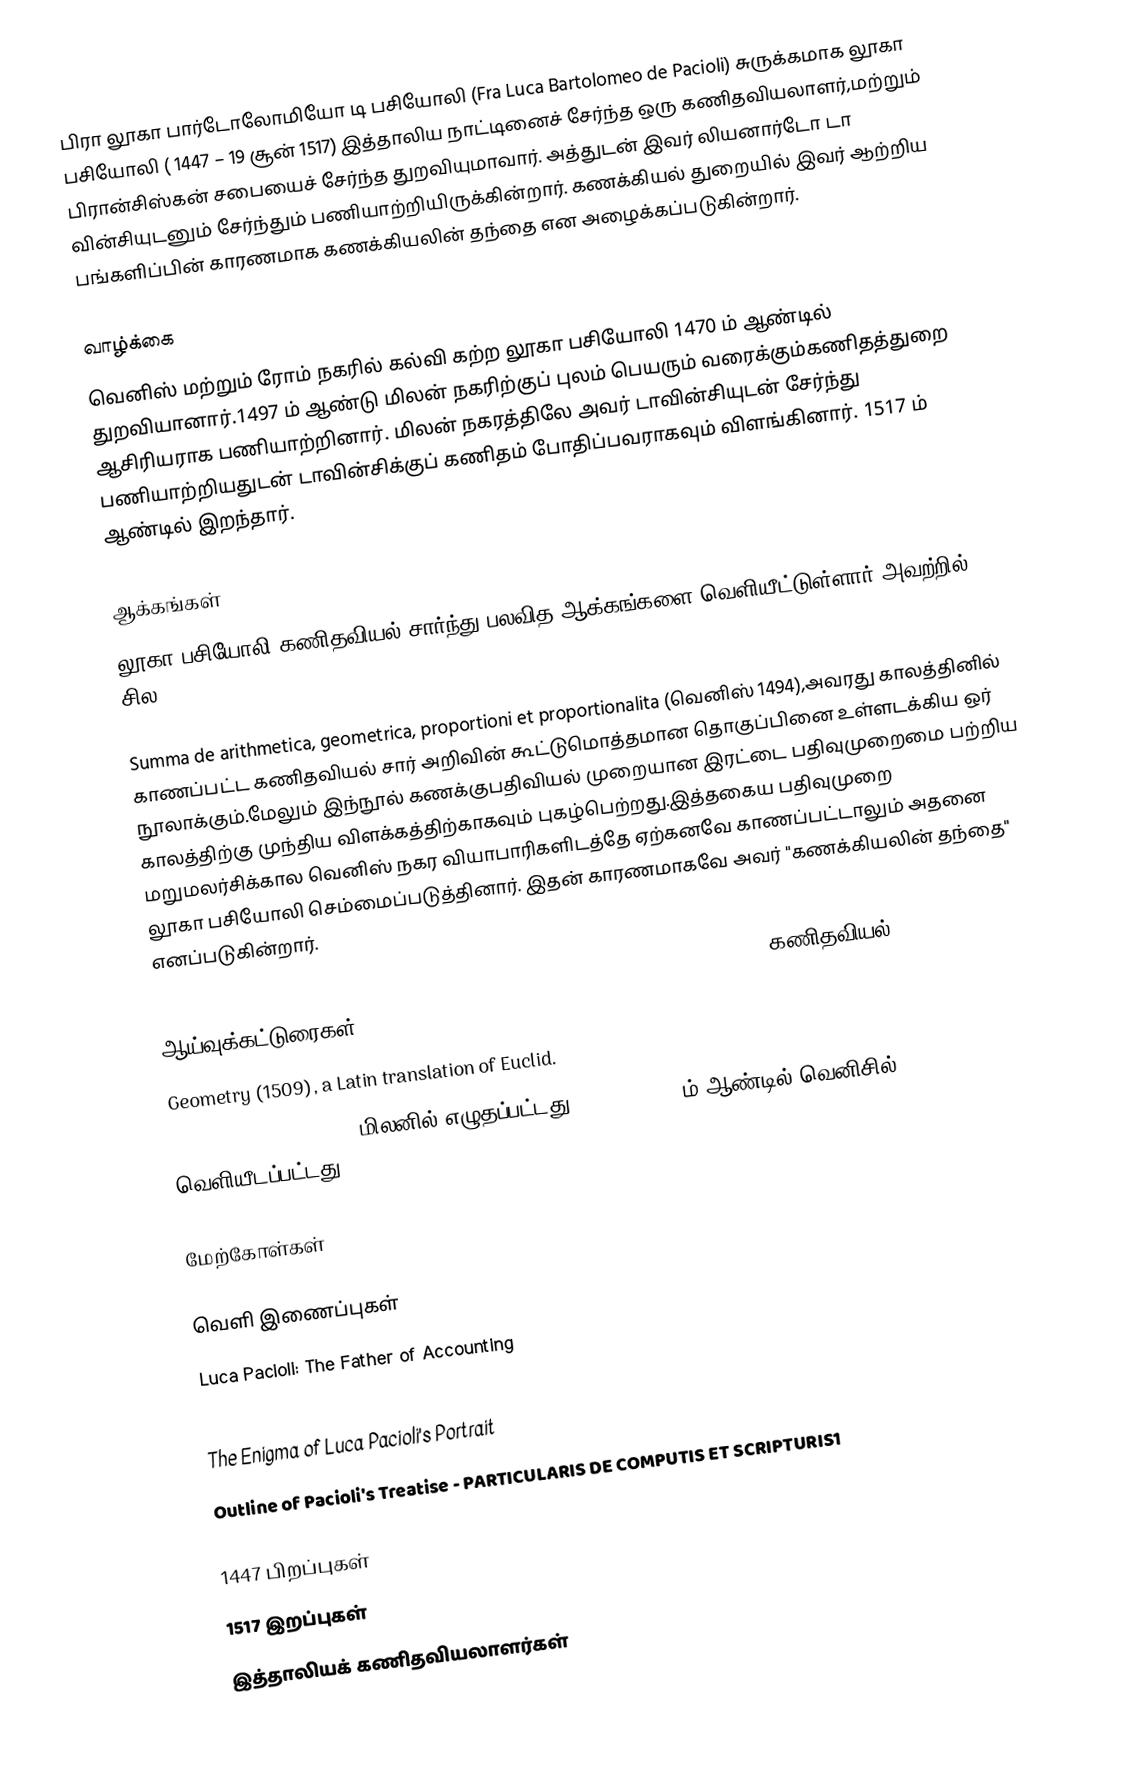
பிரா லூகா பார்டோலோமியோ டி பசியோலி (Fra Luca Bartolomeo de Pacioli) சுருக்கமாக லூகா பசியோலி ( 1447 – 19 சூன் 1517) இத்தாலிய நாட்டினைச் சேர்ந்த ஒரு கணிதவியலாளர்,மற்றும் பிரான்சிஸ்கன் சபையைச் சேர்ந்த துறவியுமாவார். அத்துடன் இவர் லியனார்டோ டா வின்சியுடனும் சேர்ந்தும் பணியாற்றியிருக்கின்றார். கணக்கியல் துறையில் இவர் ஆற்றிய பங்களிப்பின் காரணமாக கணக்கியலின் தந்தை என அழைக்கப்படுகின்றார்.

வாழ்க்கை
வெனிஸ் மற்றும் ரோம் நகரில் கல்வி கற்ற லூகா பசியோலி 1470 ம் ஆண்டில் துறவியானார்.1497 ம் ஆண்டு மிலன் நகரிற்குப் புலம் பெயரும் வரைக்கும்கணிதத்துறை ஆசிரியராக பணியாற்றினார். மிலன் நகரத்திலே அவர் டாவின்சியுடன் சேர்ந்து பணியாற்றியதுடன் டாவின்சிக்குப் கணிதம் போதிப்பவராகவும் விளங்கினார். 1517 ம் ஆண்டில் இறந்தார்.

ஆக்கங்கள்
லூகா பசியோலி கணிதவியல் சார்ந்து பலவித ஆக்கங்களை வெளியீட்டுள்ளார் அவற்றில் சில:

 Summa de arithmetica, geometrica, proportioni et proportionalita (வெனிஸ் 1494),அவரது காலத்தினில் காணப்பட்ட கணிதவியல் சார் அறிவின் கூட்டுமொத்தமான தொகுப்பினை உள்ளடக்கிய ஒர் நூலாக்கும்.மேலும் இந்நூல் கணக்குபதிவியல் முறையான இரட்டை பதிவுமுறைமை பற்றிய காலத்திற்கு முந்திய விளக்கத்திற்காகவும் புகழ்பெற்றது.இத்தகைய பதிவுமுறை மறுமலர்சிக்கால வெனிஸ் நகர வியாபாரிகளிடத்தே ஏற்கனவே காணப்பட்டாலும் அதனை லூகா பசியோலி செம்மைப்படுத்தினார். இதன் காரணமாகவே அவர் "கணக்கியலின் தந்தை" எனப்படுகின்றார்.
 De viribus quantitatis (Ms. Università degli Studi di Bologna, 1496–1508), கணிதவியல் ஆய்வுக்கட்டுரைகள்.
 Geometry (1509), a Latin translation of Euclid.
 De divina proportione (மிலனில் எழுதப்பட்டது 1496–98, 1509ம் ஆண்டில் வெனிசில் வெளியீடப்பட்டது).

மேற்கோள்கள்

வெளி இணைப்புகள்
 Luca Pacioli: The Father of Accounting
 Full Biography of Pacioli (St.Andrews)
 The Enigma of Luca Pacioli's Portrait
 Outline of Pacioli's Treatise - PARTICULARIS DE COMPUTIS ET SCRIPTURIS1

1447 பிறப்புகள்
1517 இறப்புகள்
இத்தாலியக் கணிதவியலாளர்கள்